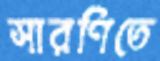
সারণিতে